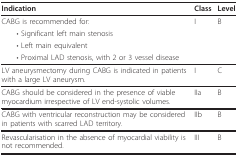
<table><thead><tr><td><b>Indication</b></td><td><b>Class</b></td><td><b>Level</b></td></tr></thead><tbody><tr><td>CABG is recommended for:</td><td>I</td><td>B</td></tr><tr><td> • Significant left main stenosis</td><td></td><td></td></tr><tr><td> • Left main equivalent</td><td></td><td></td></tr><tr><td> • Proximal LAD stenosis, with 2 or 3 vessel disease</td><td></td><td></td></tr><tr><td>LV aneurysmectomy during CABG is indicated in patients with a large LV aneurysm.</td><td>I</td><td>C</td></tr><tr><td>CABG should be considered in the presence of viable myocardium irrespective of LV end-systolic volumes.</td><td>IIa</td><td>B</td></tr><tr><td>CABG with ventricular reconstruction may be considered in patients with scarred LAD territory.</td><td>IIb</td><td>B</td></tr><tr><td>Revascularisation in the absence of myocardial viability is not recommended.</td><td>III</td><td>B</td></tr></tbody></table>